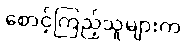
စောင့်ကြည့်သူများက